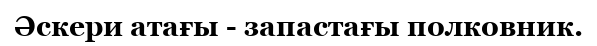
Әскери атағы - запастағы полковник.